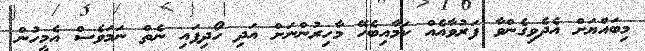
މިބައްޔަށް އެދެވިގެންވާ ފަރުވާއެއް ކަމާއިބެހޭ މާހިރުންނަށް އަދި ހޯދިފައި ނެތް ނަމަވެސް އެމީހުން